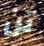
تن